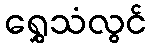
ရွှေသံလွင်